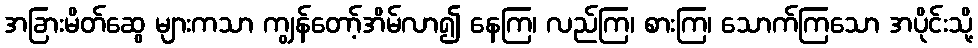
အခြားမိတ်ဆွေ များကသာ ကျွန်တော့်အိမ်လာ၍ နေကြ၊ လည်ကြ၊ စားကြ၊ သောက်ကြသော အပိုင်းသို့